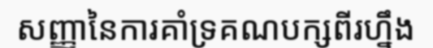
សញ្ញានៃការគាំទ្រគណបក្សពីរហ្នឹង